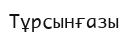
Тұрсынғазы